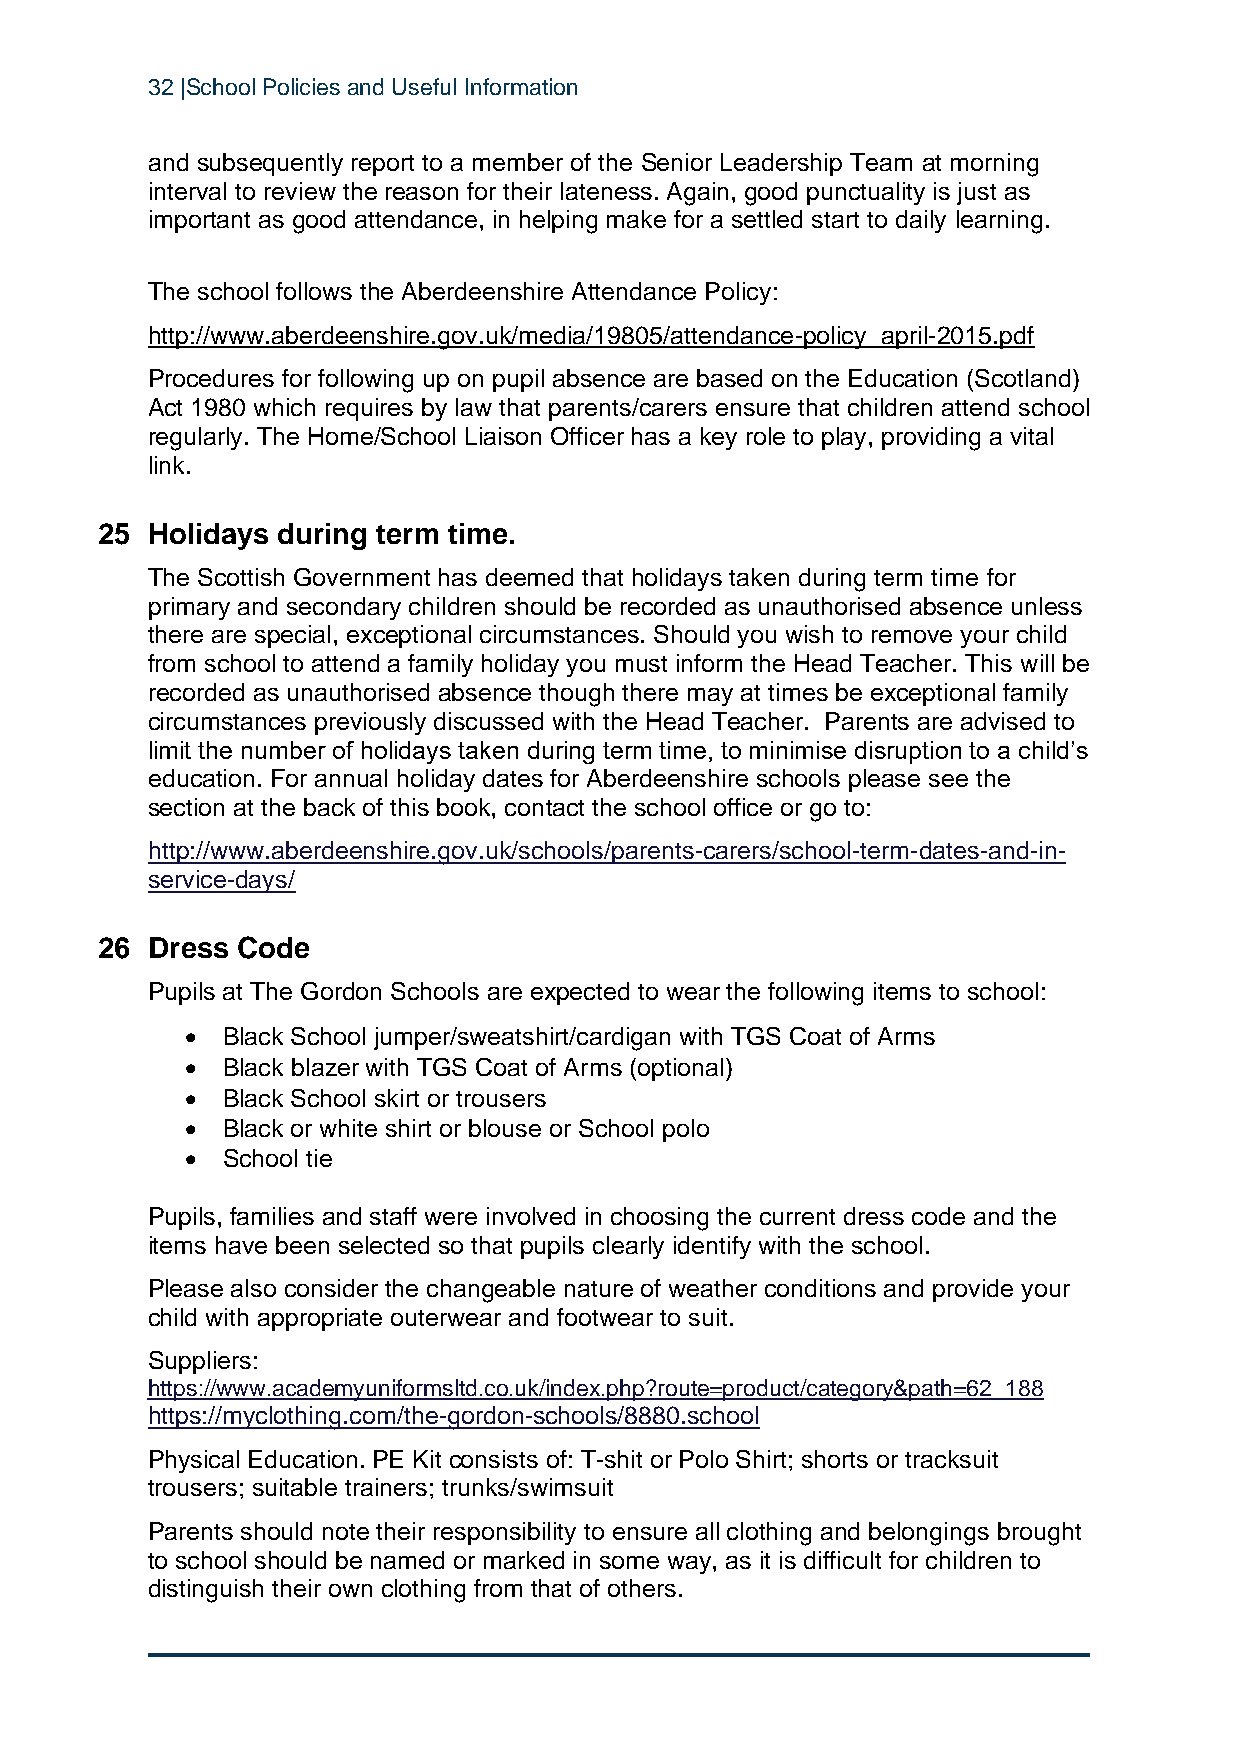
32 |School Policies and Useful Information
 and subsequently report to a member of the Senior Leadership Team at morning
 interval to review the reason for their lateness. Again, good punctuality is just as
 important as good attendance, in helping make for a settled start to daily learning.
 The school follows the Aberdeenshire Attendance Policy:
 http://www.aberdeenshire.gov.uk/media/19805/attendance-policy_april-2015.pdf
 Procedures for following up on pupil absence are based on the Education (Scotland)
 Act 1980 which requires by law that parents/carers ensure that children attend school
 regularly. The Home/School Liaison Officer has a key role to play, providing a vital
 link.
 25  Holidays during term time.
 The Scottish Government has deemed that holidays taken during term time for
 primary and secondary children should be recorded as unauthorised absence unless
 there are special, exceptional circumstances. Should you wish to remove your child
 from school to attend a family holiday you must inform the Head Teacher. This will be
 recorded as unauthorised absence though there may at times be exceptional family
 circumstances previously discussed with the Head Teacher. Parents are advised to
 limit the number of holidays taken during term time, to minimise disruption to a child’s
 education. For annual holiday dates for Aberdeenshire schools please see the
 section at the back of this book, contact the school office or go to:
 http://www.aberdeenshire.gov.uk/schools/parents-carers/school-term-dates-and-in-
 service-days/
 26  Dress Code
 Pupils at The Gordon Schools are expected to wear the following items to school:
 •  Black School jumper/sweatshirt/cardigan with TGS Coat of Arms
 •  Black blazer with TGS Coat of Arms (optional)
 •  Black School skirt or trousers
 •  Black or white shirt or blouse or School polo
 •  School tie
 Pupils, families and staff were involved in choosing the current dress code and the
 items have been selected so that pupils clearly identify with the school.
 Please also consider the changeable nature of weather conditions and provide your
 child with appropriate outerwear and footwear to suit.
 Suppliers:
 https://www.academyuniformsltd.co.uk/index.php?route=product/category&path=62_188
 https://myclothing.com/the-gordon-schools/8880.school
 Physical Education. PE Kit consists of: T-shit or Polo Shirt; shorts or tracksuit
 trousers; suitable trainers; trunks/swimsuit
 Parents should note their responsibility to ensure all clothing and belongings brought
 to school should be named or marked in some way, as it is difficult for children to
 distinguish their own clothing from that of others.